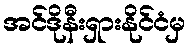
အင်ဒိုနီးရှားနိုင်ငံမှ